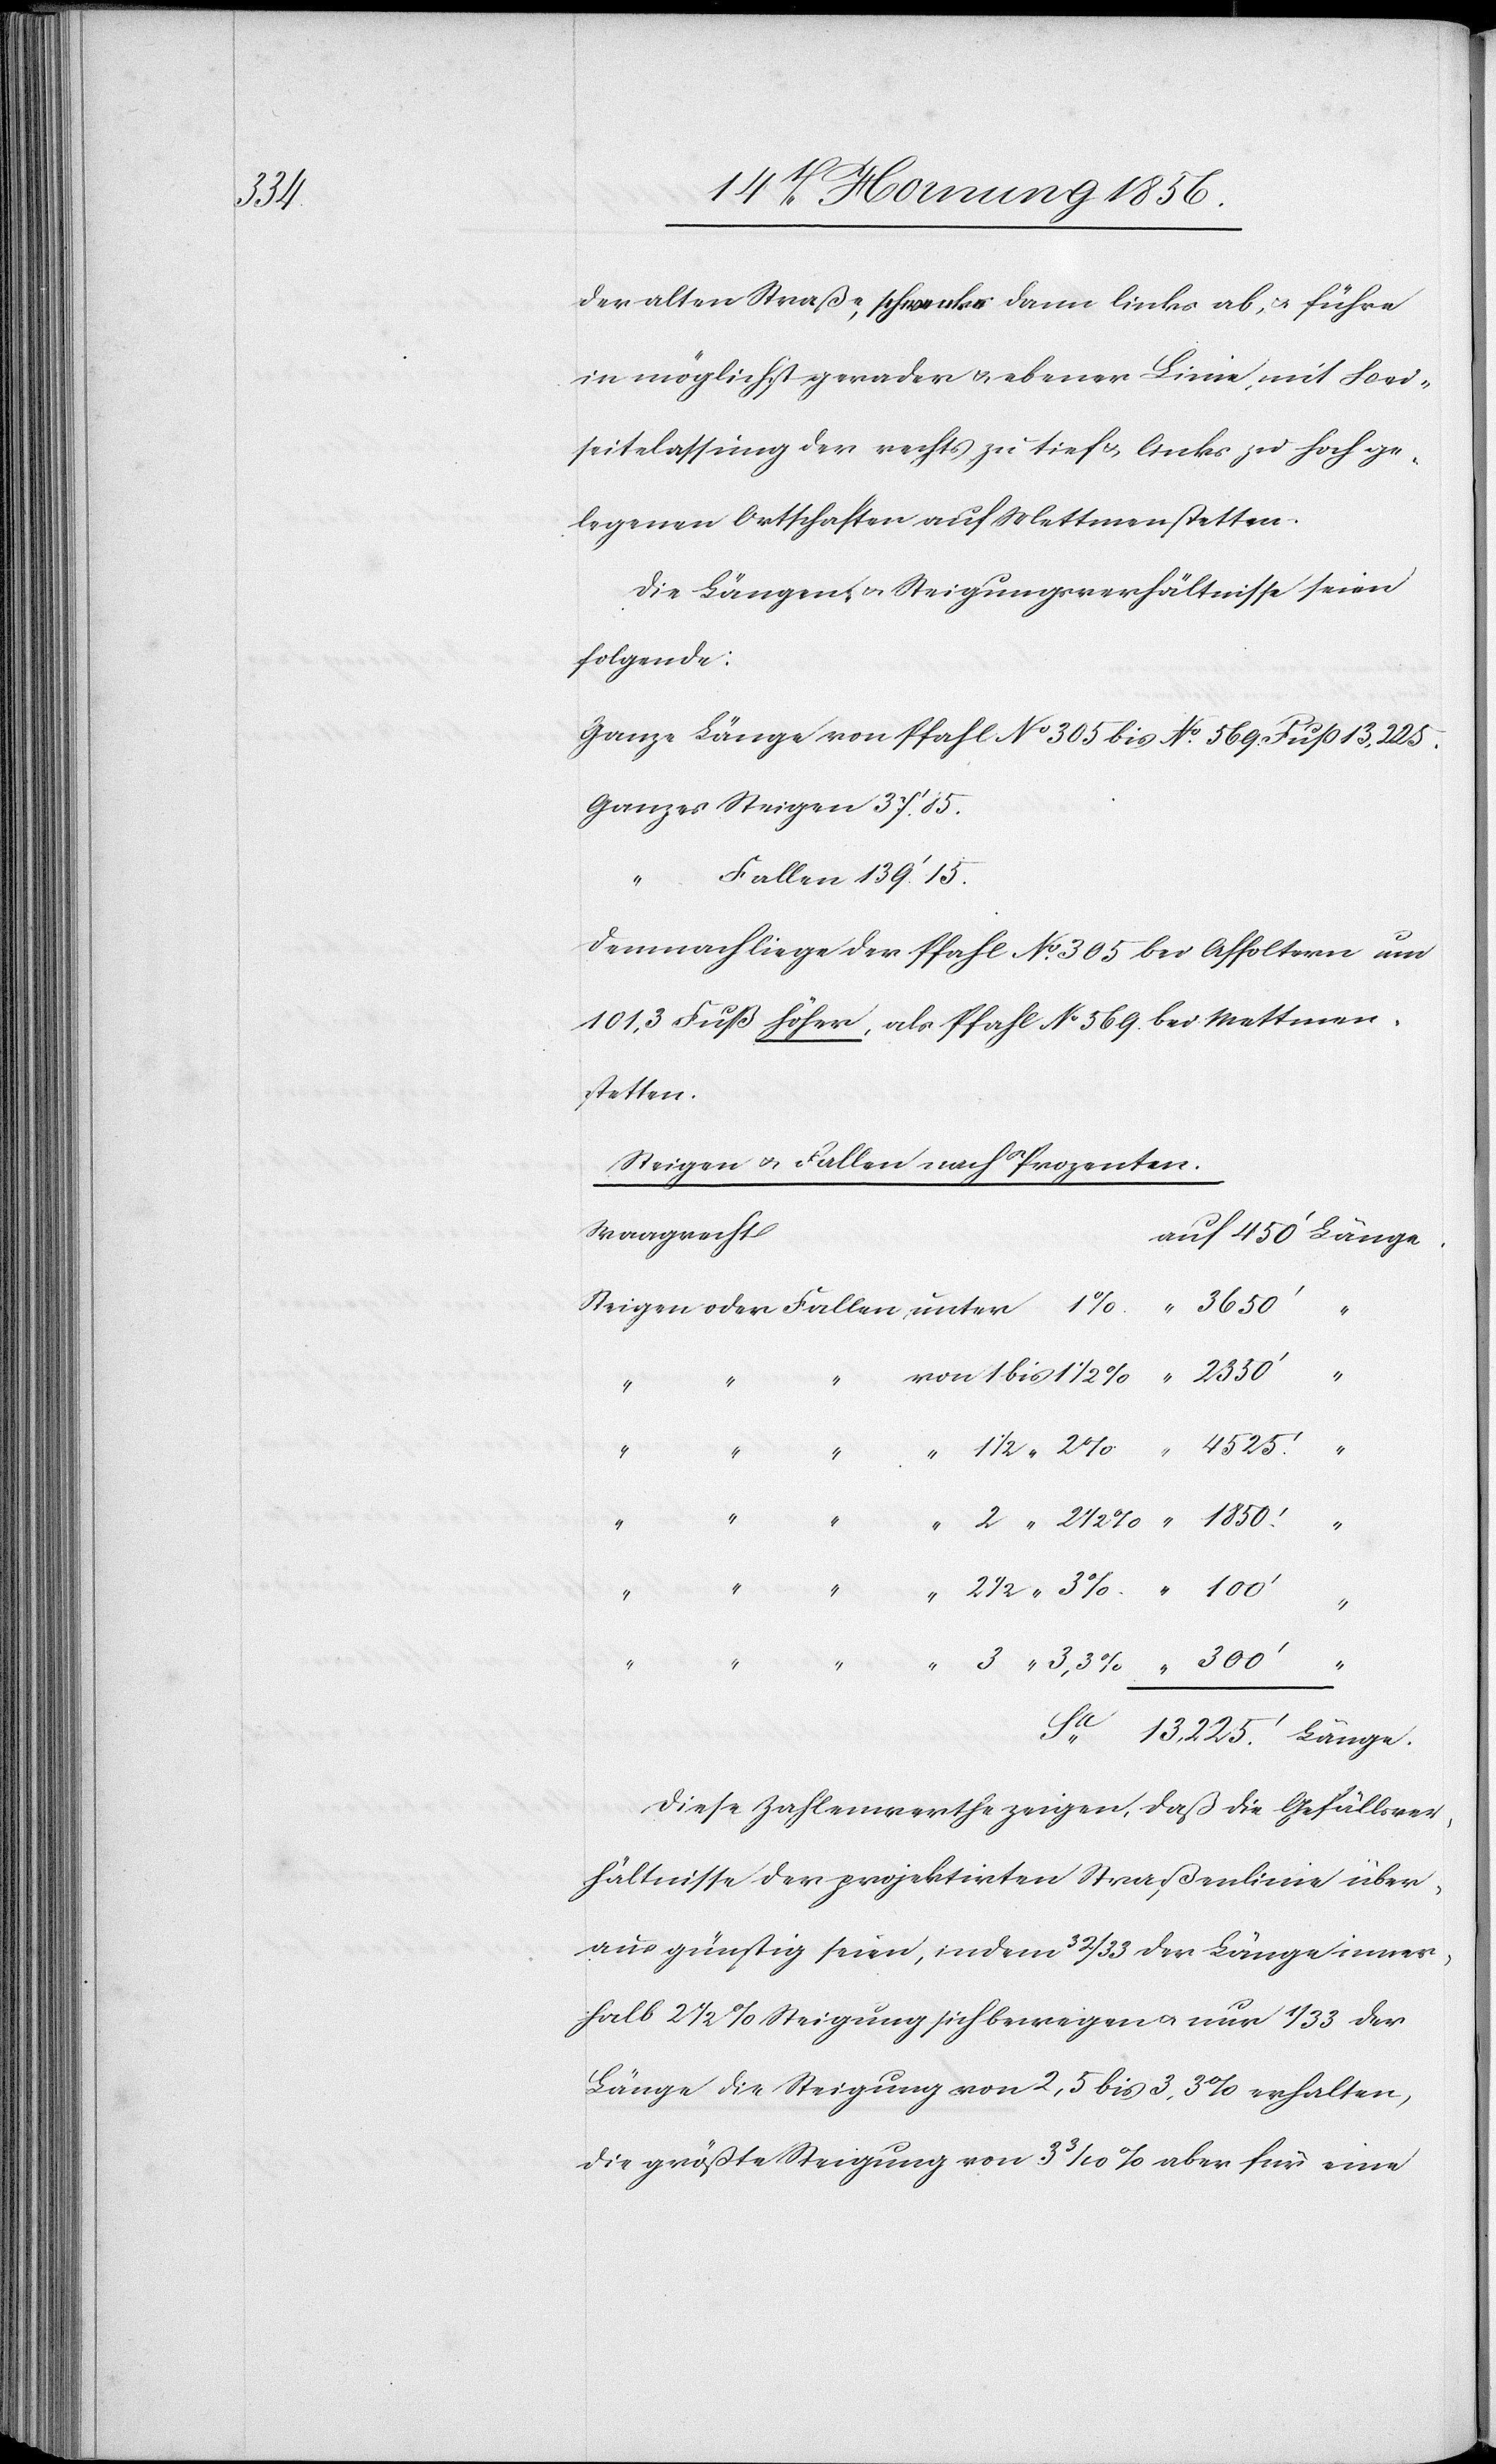
300’

der alten Straße, schwenke dann links ab, u. führe
in möglichst gerader u. ebener Linie, mit Bei¬
seitelassung der rechts zu tief u. links zu hoch ge¬
legenen Ortschaften auf Mettmenstetten.
Die Längen- u. Steigungsverhältnisse seien
folgende:
Ganze Länge von Pfahl No 305 bis No 569. Fuß 13,225.
Ganzes Steigen 37.’ 85
“	Fallen 139.’ 15.
Länge.
Demnach liege der Pfahl No 305 bei Affoltern um
101,3 Fuß höher, als Pfahl No 569. bei Mettmen¬
stetten.
Steigen u. Fallen nach Prozenten.
Waagrecht
2 ½
Diese Zahlenwerthe zeigen, daß die Gefällsver¬
hältnisse der projektirten Straßenlinie über¬
aus günstig seien, indem 32/33 der Länge inner¬
halb 2 ½ % Steigung sich bewegen u. nur 1/33 der
Länge die Steigung von 2,5 bis 3,3% erhalten,
die größte Steigung von 3 3/10 % aber für eine